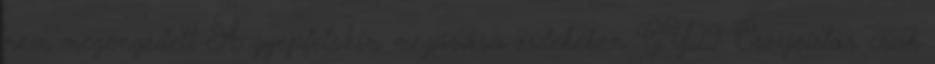
nem megengedett A gyepfelszín megóvása érdekében GY29 Cserjeirtás csak